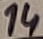
Text: 14